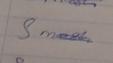
Signature authenticity: genuine